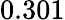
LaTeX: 0.301